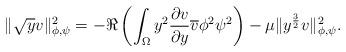
LaTeX: \begin{align*}\|\sqrt{y} v\|^2_{\phi,\psi}=-\Re \left(\int_\Omega y^2\frac{\partial v}{\partial y}\overline{v}\phi^2\psi^2\right)-\mu\|y^{\frac {3}{2}} v\|^2_{\phi,\psi}.\end{align*}